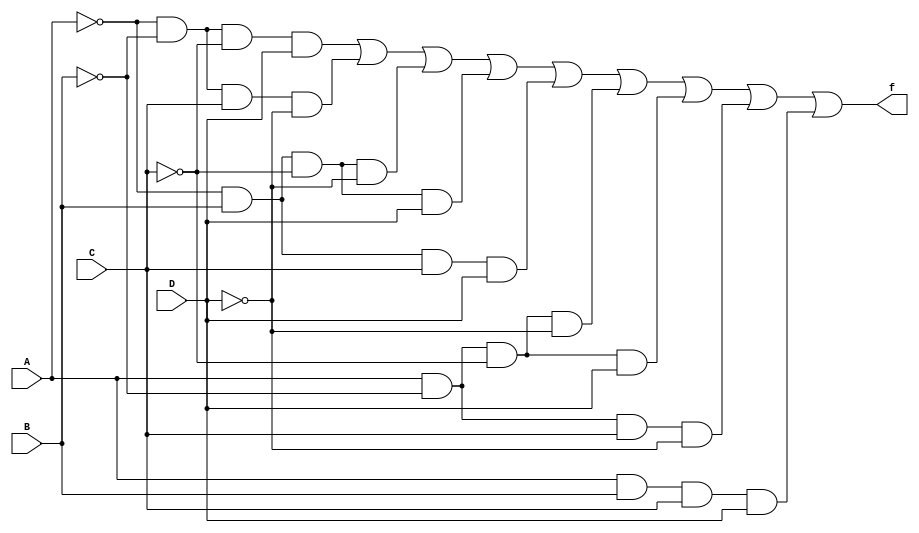


module func (f,A,B,C,D);
 input A,B,C,D;
 output f;
 wire nA,nB,nC,nD;
 wire P1,P2,P4,P5,P7,P8,P9,P10,P15;
 not(nA,A);
 not(nB,B);
 not(nC,C);
 not(nD,D);
 and(P1,nA,nB,nC,D);
 and(P2,nA,nB,C,nD);
 and(P4,nA,B,nC,nD);
 and(P5,nA,B,nC,D);
 and(P7,nA,B,C,D);
 and(P8,A,nB,nC,nD);
 and(P9,A,nB,nC,D);
 and(P10,A,nB,C,nD);
 and(P15,A,B,C,D);
 or(f,P1,P2,P4,P5,P7,P8,P9,P10,P15);
endmodule

module simulare;
reg A,B,C,D;
wire f;

func funct(f,A,B,C,D);

initial
 begin
     A=1'b0;B=1'b0;C=1'b0;D=1'b0;
   #5A=1'b0;B=1'b0;C=1'b0;D=1'b1;
   #5A=1'b0;B=1'b0;C=1'b1;D=1'b0;
   #5A=1'b0;B=1'b0;C=1'b1;D=1'b1;
   #5A=1'b0;B=1'b1;C=1'b0;D=1'b0;
   #5A=1'b0;B=1'b1;C=1'b0;D=1'b1;
   #5A=1'b0;B=1'b1;C=1'b1;D=1'b0;
   #5A=1'b0;B=1'b1;C=1'b1;D=1'b1;
   #5A=1'b1;B=1'b0;C=1'b0;D=1'b0;
   #5A=1'b1;B=1'b0;C=1'b0;D=1'b1;
   #5A=1'b1;B=1'b0;C=1'b1;D=1'b0;
   #5A=1'b1;B=1'b0;C=1'b1;D=1'b1;
   #5A=1'b1;B=1'b1;C=1'b0;D=1'b0;
   #5A=1'b1;B=1'b1;C=1'b0;D=1'b1;
   #5A=1'b1;B=1'b1;C=1'b1;D=1'b0;
   #5A=1'b1;B=1'b1;C=1'b1;D=1'b1;
   #5 $finish;
 end
initial
  $monitor ("%b %b %b %b ->->f=%b  ",A,B,C,D,f);

endmodule